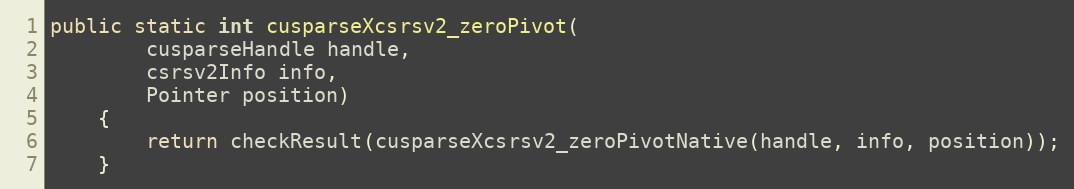
Language: Java
public static int cusparseXcsrsv2_zeroPivot(
        cusparseHandle handle,
        csrsv2Info info,
        Pointer position)
    {
        return checkResult(cusparseXcsrsv2_zeroPivotNative(handle, info, position));
    }